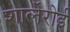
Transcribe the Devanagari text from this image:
शार्लेरोई